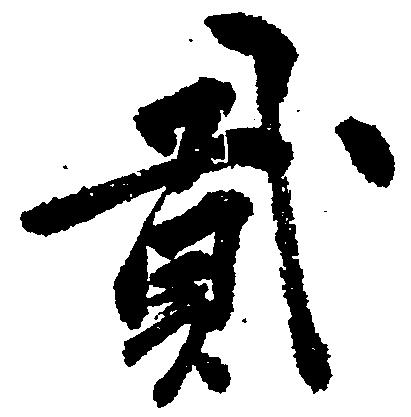
弐